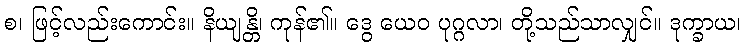
စ၊ ဖြင့်လည်းကောင်း။ နိယျန္တိ၊ ကုန်၏။ ဒွေ ယေဝ ပုဂ္ဂလာ၊ တို့သည်သာလျှင်။ ဒုက္ခာယ၊